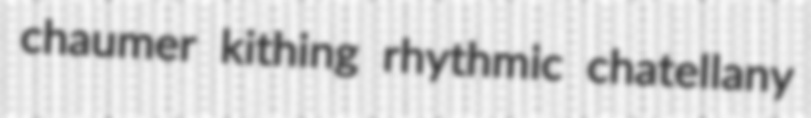
chaumer kithing rhythmic chatellany